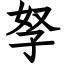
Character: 孥